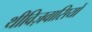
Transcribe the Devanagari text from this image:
थीविज़वासियों